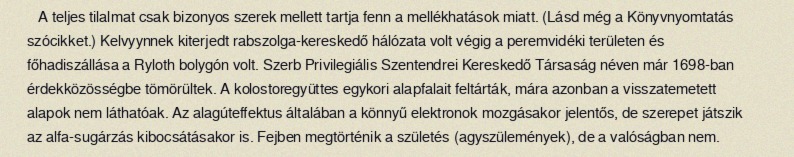
A teljes tilalmat csak bizonyos szerek mellett tartja fenn a mellékhatások miatt. (Lásd még a Könyvnyomtatás szócikket.) Kelvyynnek kiterjedt rabszolga-kereskedő hálózata volt végig a peremvidéki területen és főhadiszállása a Ryloth bolygón volt. Szerb Privilegiális Szentendrei Kereskedő Társaság néven már 1698-ban érdekközösségbe tömörültek. A kolostoregyüttes egykori alapfalait feltárták, mára azonban a visszatemetett alapok nem láthatóak. Az alagúteffektus általában a könnyű elektronok mozgásakor jelentős, de szerepet játszik az alfa-sugárzás kibocsátásakor is. Fejben megtörténik a születés (agyszülemények), de a valóságban nem.